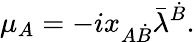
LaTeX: \mu_{A}=-ix_{A\dot{B}}\bar{\lambda}^{\dot{B}}.